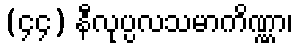
(၄၄) နီလုပ္ပလသမာကိဏ္ဏာ၊